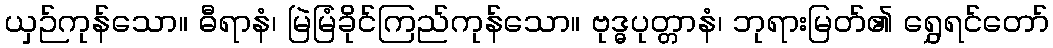
ယှဉ်ကုန်သော။ ဓီရာနံ၊ မြဲမြံခိုင်ကြည်ကုန်သော။ ဗုဒ္ဓပုတ္တာနံ၊ ဘုရားမြတ်၏ ရွှေရင်တော်